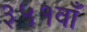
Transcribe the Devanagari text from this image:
३५१वाँ